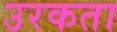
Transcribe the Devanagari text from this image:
उरकता